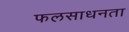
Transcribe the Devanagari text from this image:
फलसाधनता